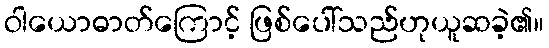
ဝါယောဓာတ်ကြောင့် ဖြစ်ပေါ်သည်ဟုယူဆခဲ့၏။